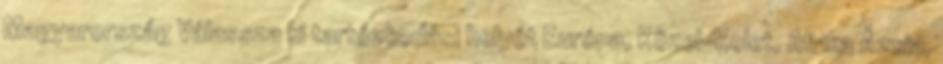
Magyarország Válassza ki tartózkodási helyét Európa, Közel-Kelet, Afrika Ázsia,